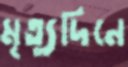
মৃত্যুদিনে